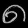
Digit: ၈